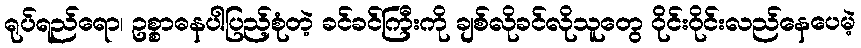
ရုပ်ရည်ရော၊ ဥစ္စာဓနပါပြည့်စုံတဲ့ ခင်ခင်ကြီးကို ချစ်လိုခင်လိုသူတွေ ဝိုင်းဝိုင်းလည်နေပေမဲ့